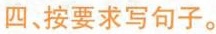
四、按要求写句子。